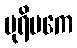
ပုရိမကေ